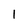
Character: 1